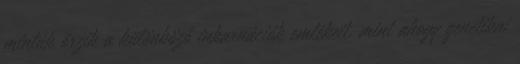
minták őrzik a különböző inkarnációk emlékeit, mint ahogy genetikai